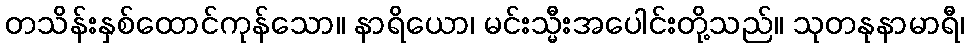
တသိန်းနှစ်ထောင်ကုန်သော။ နာရိယော၊ မင်းသ္မီးအပေါင်းတို့သည်။ သုတနုနာမာရီ၊